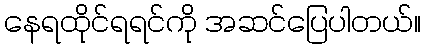
နေရထိုင်ရရင်ကို အဆင်ပြေပါတယ်။